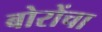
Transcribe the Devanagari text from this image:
बोरोंचा